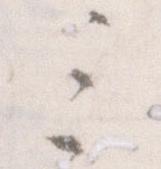
三